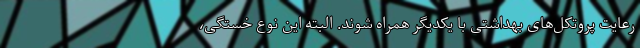
رعایت پروتکل‌های بهداشتی با یکدیگر همراه شوند. البته این نوع خستگی،